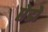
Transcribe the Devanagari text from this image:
ऐडो